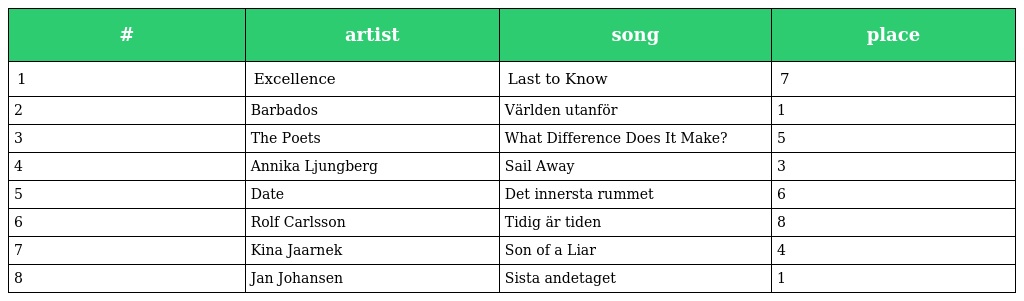
| # | artist | song | place |
 | --- | --- | --- | --- |
 | 1 | Excellence | Last to Know | 7 |
 | 2 | Barbados | Världen utanför | 1 |
 | 3 | The Poets | What Difference Does It Make? | 5 |
 | 4 | Annika Ljungberg | Sail Away | 3 |
 | 5 | Date | Det innersta rummet | 6 |
 | 6 | Rolf Carlsson | Tidig är tiden | 8 |
 | 7 | Kina Jaarnek | Son of a Liar | 4 |
 | 8 | Jan Johansen | Sista andetaget | 1 |